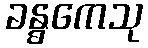
ခန္ဓကေသု